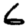
Digit: 6